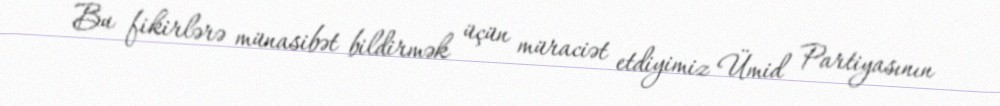
Bu fikirlərə münasibət bildirmək üçün müraciət etdiyimiz Ümid Partiyasının